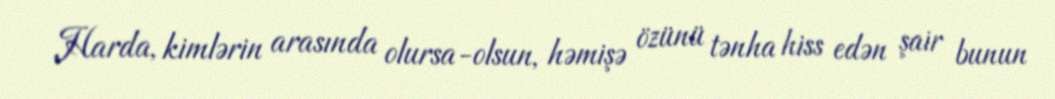
Harda, kimlərin arasında olursa-olsun, həmişə özünü tənha hiss edən şair bunun